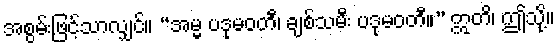
အစွမ်းဖြင့်သာလျှင်။ “အမ္မ ပဒုမဝတီ၊ ချစ်သမီး ပဒုမဝတီ။” ဣတိ၊ ဤသို့။